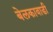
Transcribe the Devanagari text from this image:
बेलकावाडी